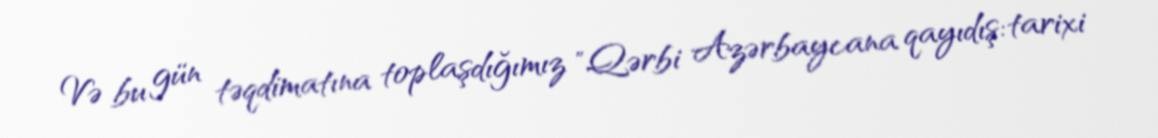
Və bu gün təqdimatına toplaşdığımız "Qərbi Azərbaycana qayıdış: tarixi